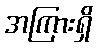
အကြားရှိ